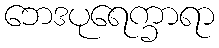
ဘေဒပုရေက္ခာရာ